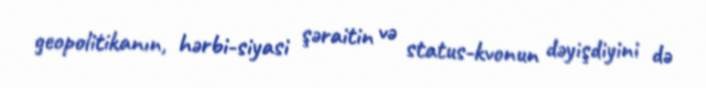
geopolitikanın, hərbi-siyasi şəraitin və status-kvonun dəyişdiyini də